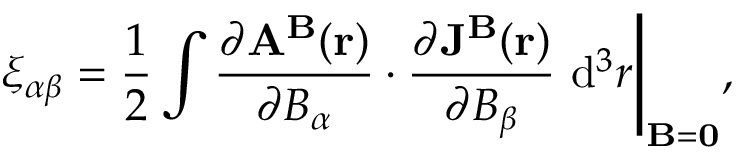
\xi _ { \alpha \beta } = \frac { 1 } { 2 } \int \frac { \partial \mathbf { A } ^ { \mathbf { B } } ( \mathbf { r } ) } { \partial B _ { \alpha } } \cdot \frac { \partial \mathbf { J ^ { B } } ( \mathbf { r } ) } { \partial B _ { \beta } } ~ \mathrm { d } ^ { 3 } r \Bigg | _ { { \bf B } = { \bf 0 } } ,